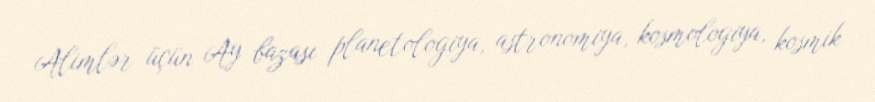
Alimlər üçün Ay bazası planetologiya, astronomiya, kosmologiya, kosmik